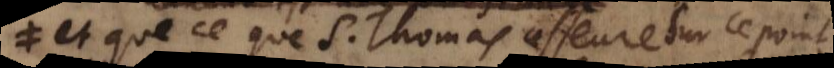
et que ce que S. Thomas asseure sur ce point